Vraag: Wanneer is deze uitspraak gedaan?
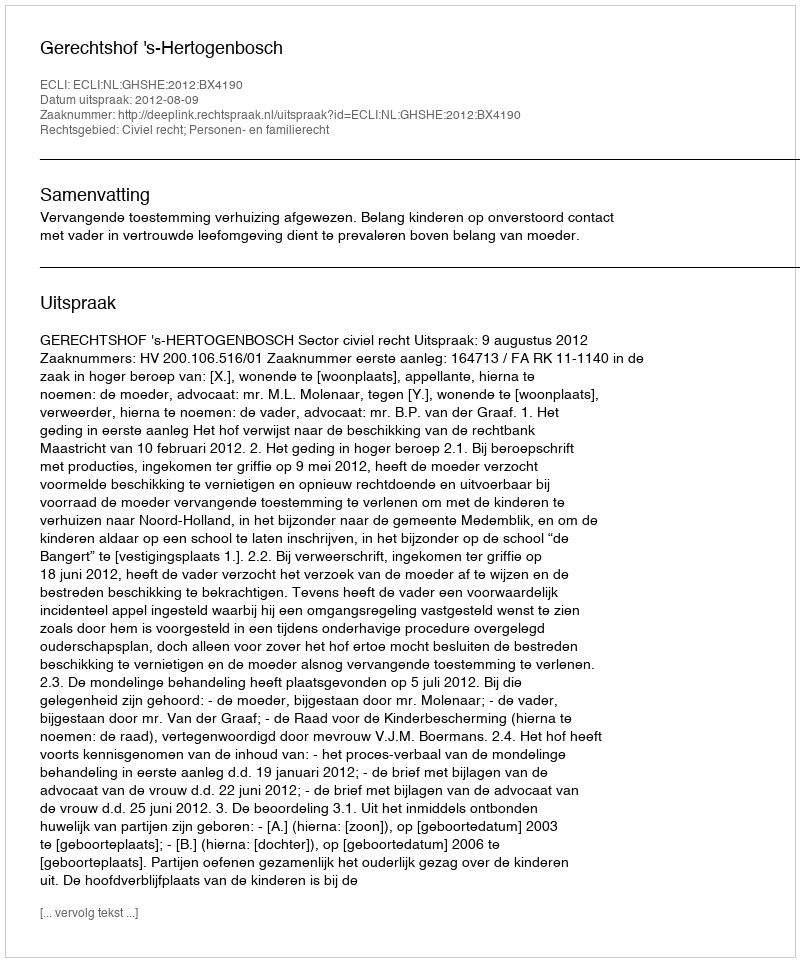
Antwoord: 2012-08-09